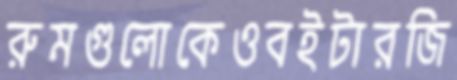
রুমগুলোকেওবইটারজি